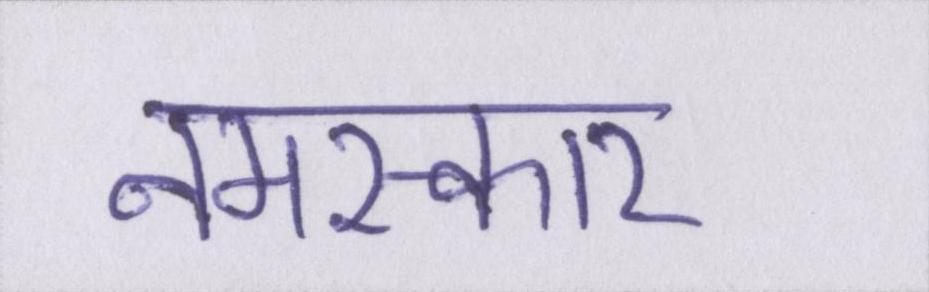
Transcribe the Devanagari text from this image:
नमस्कार